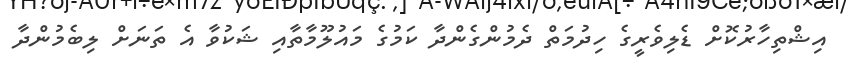
އިޝްތިހާރުކޮށް ޑެލިވެރީގެ ހިދުމަތް ދެމުންގެންދާ ކަމުގެ މައުލޫމާތާއި ޝަކުވާ އެ ތަނަށް ލިބެމުންދާ